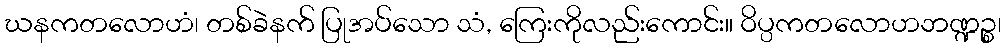
ဃနကတလောဟံ၊ တစ်ခဲနက် ပြုအပ်သော သံ, ကြေးကိုလည်းကောင်း။ ဝိပ္ပကတလောဟဘဏ္ဍဉ္စ၊